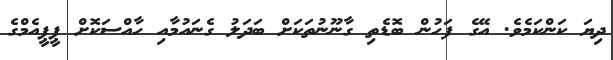
ދިޔަ ކަންކަމެވެ. އޭގެ ފަހުން ބޮޑެތި ގާނޫނުތަކަށް ބަދަލު ގެނައުމާއި ހާއްސަކޮށް ޕީޕީއެމްގެ